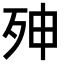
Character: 𭮇